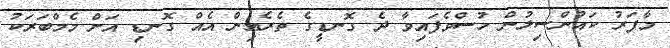
މާފަރު ކައުންސިލުން ހުސްވެފައިވާ ދެ ގޮނޑީގެ ތެރެއިން އެއް ގޮނޑި އަށް މެމްބަރަކު